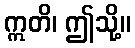
ဣတိ၊ ဤသို့။